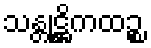
သန္တုဋ္ဌိကထဉ္စ